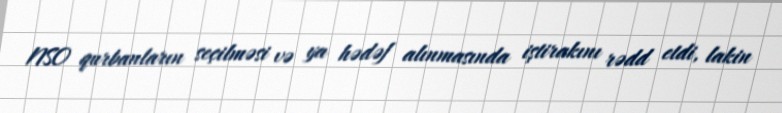
NSO qurbanların seçilməsi və ya hədəf alınmasında iştirakını rədd etdi, lakin